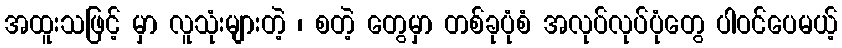
အထူးသဖြင့် မှာ လူသုံးများတဲ့ ၊ စတဲ့ တွေမှာ တစ်ခုပုံစံ အလုပ်လုပ်ပုံတွေ ပါဝင်ပေမယ့်